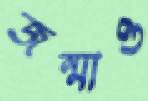
জন্মাও